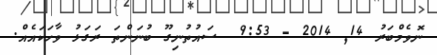
ނޮވެމްބަރު 14